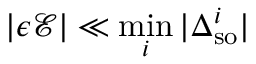
| \epsilon \mathcal { E } | \ll \operatorname* { m i n } _ { i } | \Delta _ { \mathrm { s o } } ^ { i } |